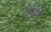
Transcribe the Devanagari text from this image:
देबेरे